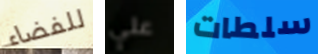
للفضاء علي سلطات